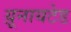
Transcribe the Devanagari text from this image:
य़ूनायटेड